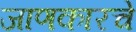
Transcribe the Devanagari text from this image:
जाणकारचे